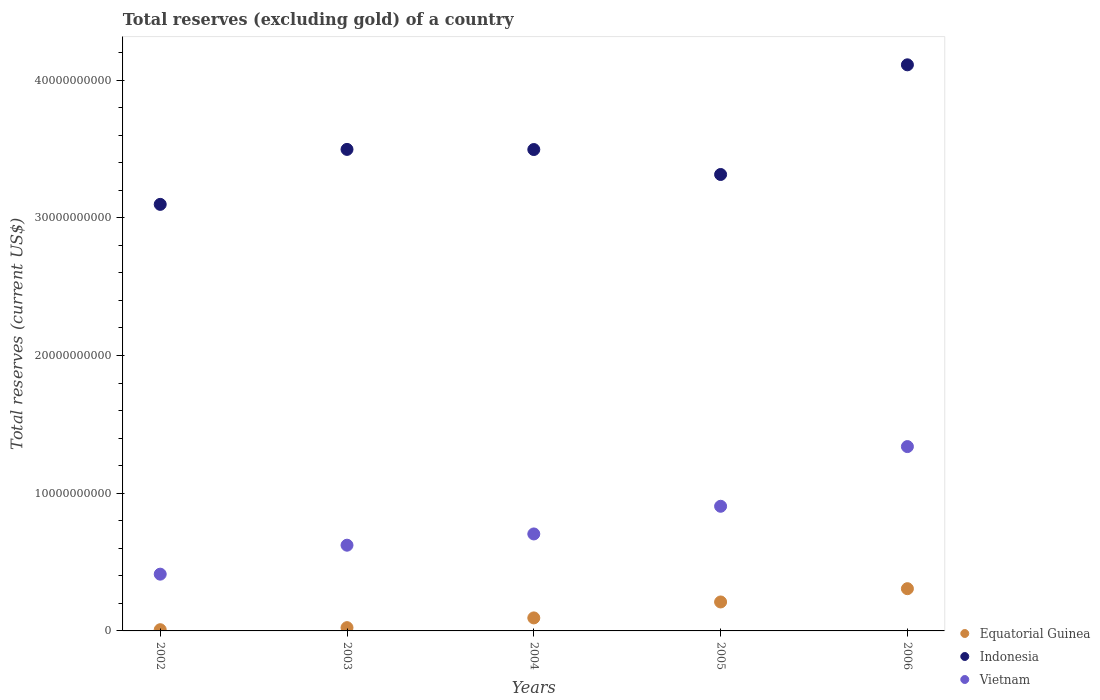
| Years | Equatorial Guinea | Indonesia | Vietnam |
 | --- | --- | --- | --- |
 | 2002 | 8.85e+07 | 3.1e+10 | 4.12e+09 |
 | 2003 | 2.38e+08 | 3.5e+10 | 6.22e+09 |
 | 2004 | 9.45e+08 | 3.5e+10 | 7.04e+09 |
 | 2005 | 2.1e+09 | 3.31e+10 | 9.05e+09 |
 | 2006 | 3.07e+09 | 4.11e+10 | 1.34e+10 |